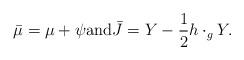
LaTeX: \begin{align*}\bar{\mu} = \mu + \psi\mbox{and} \bar{J} = Y- \frac{1}{2}h\cdot_g Y.\end{align*}